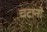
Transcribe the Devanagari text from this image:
चटानो